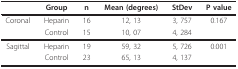
<table><thead><tr><td></td><td><b>Group</b></td><td><b>n</b></td><td><b>Mean (degrees)</b></td><td><b>StDev</b></td><td><b>P value</b></td></tr></thead><tbody><tr><td>Coronal</td><td>Heparin</td><td>16</td><td>12, 13</td><td>3, 757</td><td>0.167</td></tr><tr><td></td><td>Control</td><td>15</td><td>10, 07</td><td>4, 284</td><td></td></tr><tr><td>Sagittal</td><td>Heparin</td><td>19</td><td>59, 32</td><td>5, 726</td><td>0.001</td></tr><tr><td></td><td>Control</td><td>23</td><td>65, 13</td><td>4, 137</td><td></td></tr></tbody></table>